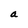
Character: a